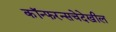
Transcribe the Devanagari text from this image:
कॉन्फरन्सचेदेखील